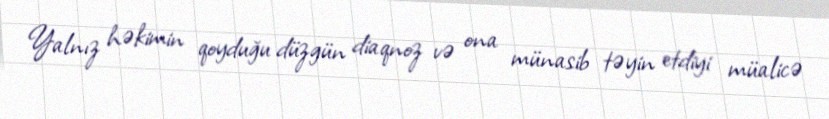
Yalnız həkimin qoyduğu düzgün diaqnoz və ona münasib təyin etdiyi müalicə